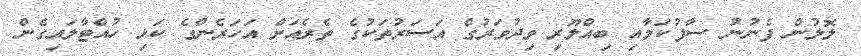
ލޮލުން ފެނުނު ސާފުކަމާއި ބިއްލޫރި ވިދުވަރުގެ އަސަރުތަކުގެ ތެރެއަށް އަހަރެންގެ ކަޅި ހުއްޓާލައިގެން